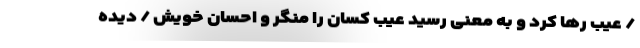
/ عیب رها کرد و به معنی رسید عیب کسان را منگر و احسان خویش / دیده